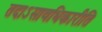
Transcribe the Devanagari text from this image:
तदाऽसावधिकारीति